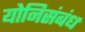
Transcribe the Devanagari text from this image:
योनिसंबंध